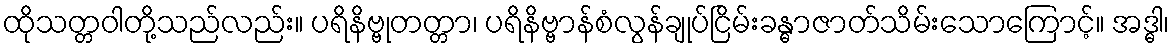
ထိုသတ္တဝါတို့သည်လည်း။ ပရိနိဗ္ဗုတတ္တာ၊ ပရိနိဗ္ဗာန်စံလွန်ချုပ်ငြိမ်းခန္ဓာဇာတ်သိမ်းသောကြောင့်။ အဒ္ဓါ၊